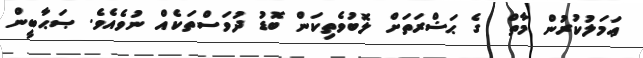
ޢަމަލުކުރުން މާތް  ގެ ޙަޟްރަތަށް ލޮބުވެތިކަން ބޮޑު ދުވަސްތަކެއް ނުވެއެވެ. ޞަޙާބީން